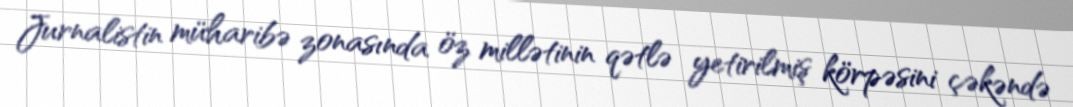
Jurnalistin müharibə zonasında öz millətinin qətlə yetirilmiş körpəsini çəkəndə